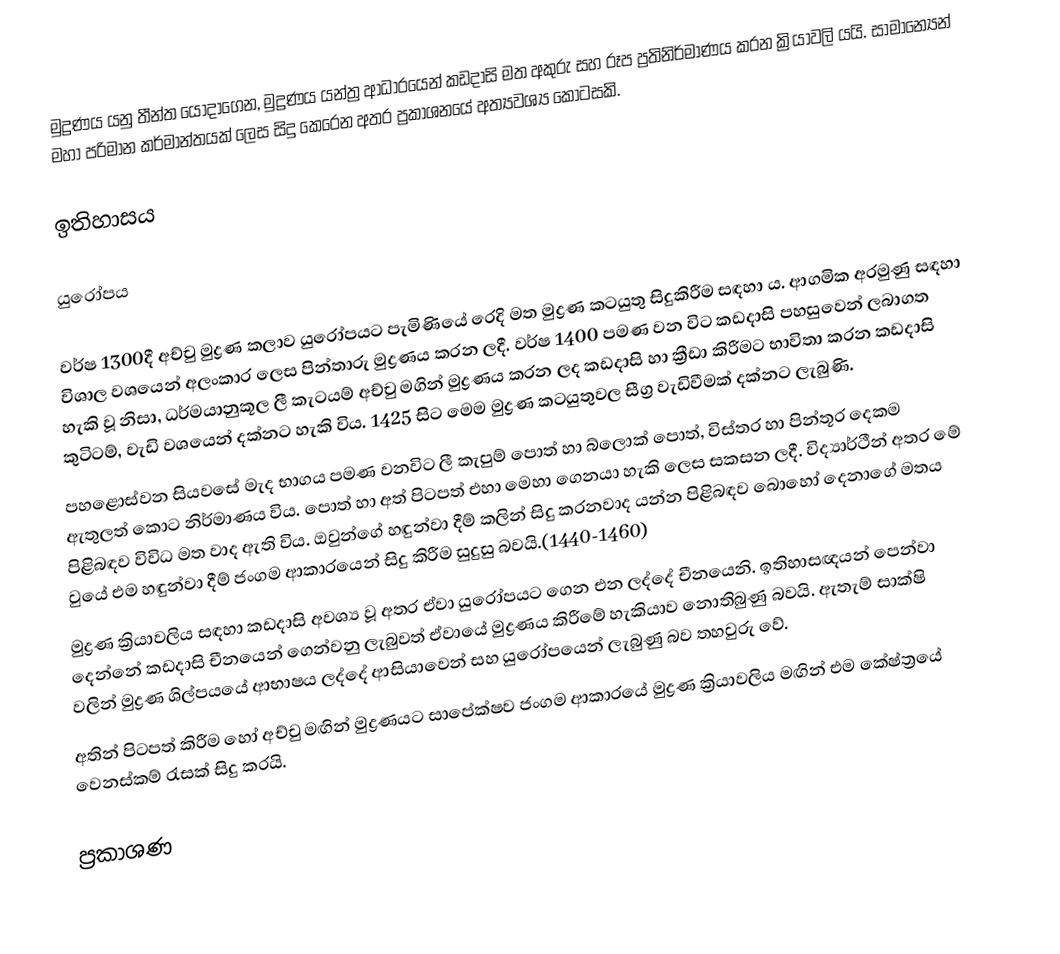
මුද්‍රණය යනු තීන්ත යොදාගෙන, මුද්‍රණය  යන්ත්‍ර ආධාරයෙන් කඩදාසි මත අකුරු සහ රූප ප්‍රතිනිර්මාණය කරන ක්‍රියාවලි යයි. සාමාන්‍යෙන් මහා පරිමාන කර්මාන්තයක් ලෙස සිදු කෙරෙන අතර ප්‍රකාශනයේ අත්‍යවශ්‍ය කොටසකි.

ඉතිහාසය

යුරෝපය

වර්ෂ 1300දී අච්චු මුද්‍රණ කලාව යුරෝපයට පැමිණියේ රෙදි මත මුද්‍රණ කටයුතු සිදුකිරීම සඳහා ය. ආගමික අරමුණු සඳහා විශාල වශයෙන් අලංකාර ලෙස පින්තාරු මුද්‍රණය කරන ලදී. වර්ෂ 1400 පමණ වන විට කඩදාසි පහසුවෙන් ලබාගත හැකි වූ නිසා, ධර්මයානුකූල ලී කැටයම් අච්චු මගින් මුද්‍රණය කරන ලද කඩදාසි හා ක්‍රීඩා කිරීමට භාවිතා කරන කඩදාසි කුටිටම්, වැඩි වශයෙන් දක්නට හැකි විය. 1425 සිට මෙම මුද්‍රණ කටයුතුවල සීග්‍ර වැඩිවීමක් දක්නට ලැබුණි.
පහළොස්වන සියවසේ මැද භාගය පමණ වනවිට ලී කැපුම් පොත් හා බ්ලොක් පොත්, විස්තර හා පින්තූර දෙකම ඇතුලත් කොට නිර්මාණය විය. පොත් හා අත් පිටපත් එහා මෙහා ගෙනයා හැකි ලෙස සකසන ලදී. විද්‍යාර්ථීන් අතර මේ පිළිබඳව විවිධ මත වාද ඇති විය. ඔවුන්ගේ හඳුන්වා දීම් කලින් සිදු කරනවාද යන්න පිළිබඳව බොහෝ දෙනාගේ මතය වුයේ එම හඳුන්වා දීම් ජංගම ආකාරයෙන් සිදු කිරීම සුදුසු බවයි.(1440-1460)
මුද්‍රණ ක්‍රියාවලිය සඳහා කඩදාසි අවශ්‍ය වූ අතර ඒවා යුරෝපයට ගෙන එන ලද්දේ  චීනයෙනි. ඉතිහාසඥයන් පෙන්වා දෙන්නේ කඩදාසි චීනයෙන් ගෙන්වනු ලැබුවත් ඒවායේ මුද්‍රණය කිරීමේ හැකියාව නොතිබුණු බවයි. ඇතැම් සාක්ෂි වලින් මුද්‍රණ ශිල්පයයේ ආභාෂය ලද්දේ ආසියාවෙන් සහ යුරෝපයෙන් ලැබුණු බව තහවුරු වේ.
අතින් පිටපත් කිරීම හෝ අච්චු මඟින් මුද්‍රණයට සාපේක්ෂව ජංගම ආකාරයේ  මුද්‍රණ ක්‍රියාවලිය  මඟින් එම කේෂ්ත්‍රයේ  වෙනස්කම් රැසක් සිදු කරයි.

ප්‍රකාශණ